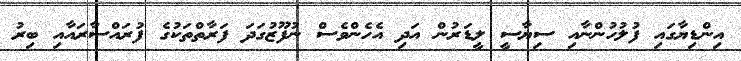
އިންޑިޔާގައި ފުލުހުންނާއި ސިޔާސީ ލީޑަރުން އަދި އެހެންވެސް ނުފޫޒުގަދަ ފަރާތްތަކުގެ ފުރައްސާރައާއި ބިރު